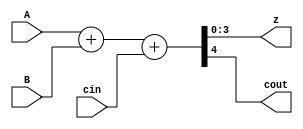
module BB4(A,B,cin,z,cout);
input[3:0]A,B;
input cin;
output[3:0]z;
output cout;
assign {cout,z}=A+B+cin;
endmodule